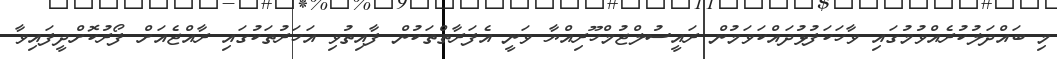
މި ބައްދަލުކުރެއްވުމުގައި ވާހަކަފުޅުދައްކަވަމުން ރައީސުލްޖުމްހޫރިއްޔާ ވަނީ އެފަރާތްތަކުން ފާއިތުވި އަހަރުތަކުގައި ރާއްޖެއަށް ފޯރުކޮށްދީފައިވާ